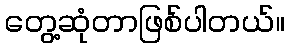
တွေ့ဆုံတာဖြစ်ပါတယ်။